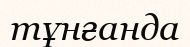
тұнғанда